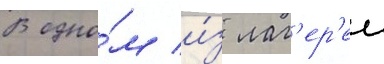
В одно́м и́з лаг'ер'еи